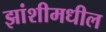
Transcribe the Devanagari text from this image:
झांशीमधील